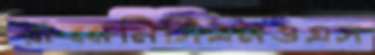
রাব্বানিসিএমওএস